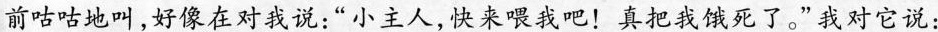
前咕咕地叫，好像在对我说：”小主人，快来喂我吧！真把我饿死了。”我对它说：